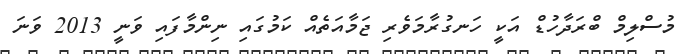
މުސްލިމް ބްރަދާހުޑް އަކީ ހަނގުރާމަވެރި ޖަމާއަތެއް ކަމުގައި ނިންމާފައި ވަނީ 2013 ވަނަ